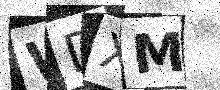
Text: WDXM